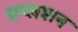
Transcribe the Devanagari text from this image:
प्रप्लशन